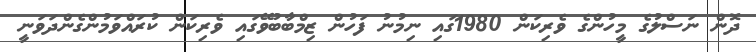
ދޮން ނަސްލުގެ މީހުންގެ ވެރިކަން 1980ގައި ނިމުނު ފަހުން ޒިމްބާބުވޭގައި ވެރިކަން ކުރައްވަމުންގެންދަވަނީ